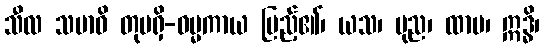
သီလ သမာဓိ တုမရှိ-ဓမ္မကာယ ပြည့်၏၊ ယသ၊ ပုည၊ ထာမ၊ ဣဒ္ဓိ၊